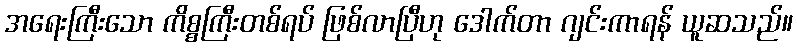
အရေးကြီးသော ကိစ္စကြီးတစ်ရပ် ဖြစ်လာပြီဟု ဒေါက်တာ ဂျင်းကာရန် ယူဆသည်။